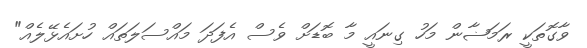
ވާގޮތަކީ ރަމަޟާން މަހު ގިނައީ މާ ބޮޑަށް ވެސް އެފަދަ މައްސަލަތައް ހުށައެޅޭލެއް"